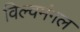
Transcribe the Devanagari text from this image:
विल्वमंगल